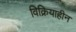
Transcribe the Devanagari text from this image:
विक्रियाहीन